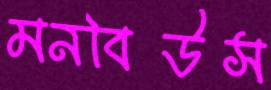
মনবিউস